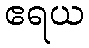
ဧရယ